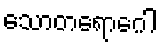
သောတရောဂေါ